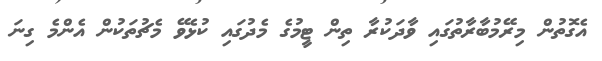
އެގޮތުން މިރޭމުބާރާތުގައި ވާދަކުރާ ތިން ޓީމުގެ މެދުގައި ކުޅެވޭ މެޗުތަކުން އެންމެ ގިނަ